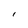
Character: I